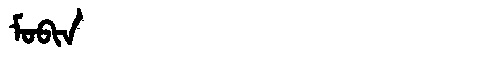
Manchu: ᠮᠣᠪᡳᠨ
Romanization: MOBIN